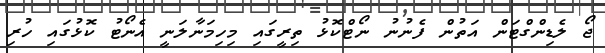
ޖޯ ލެޑިންގްޓަން އަތުން ފެނުނު ނޯޓްކޮޅު ތިރީގައި މިހިމަނާލަނީ އެނޯޓު ކޮޅުގައި ހުރި